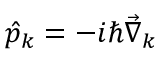
\hat { p } _ { k } = - i \hbar \vec { \nabla } _ { k }